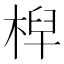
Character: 𣔈